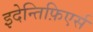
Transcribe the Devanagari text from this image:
इदेन्तिफ़िएर्स